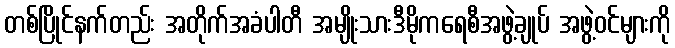
တစ်ပြိုင်နက်တည်း အတိုက်အခံပါတီ အမျိုးသားဒီမိုကရေစီအဖွဲ့ချုပ် အဖွဲ့ဝင်များကို